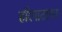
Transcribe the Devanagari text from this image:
हरिपाठावर